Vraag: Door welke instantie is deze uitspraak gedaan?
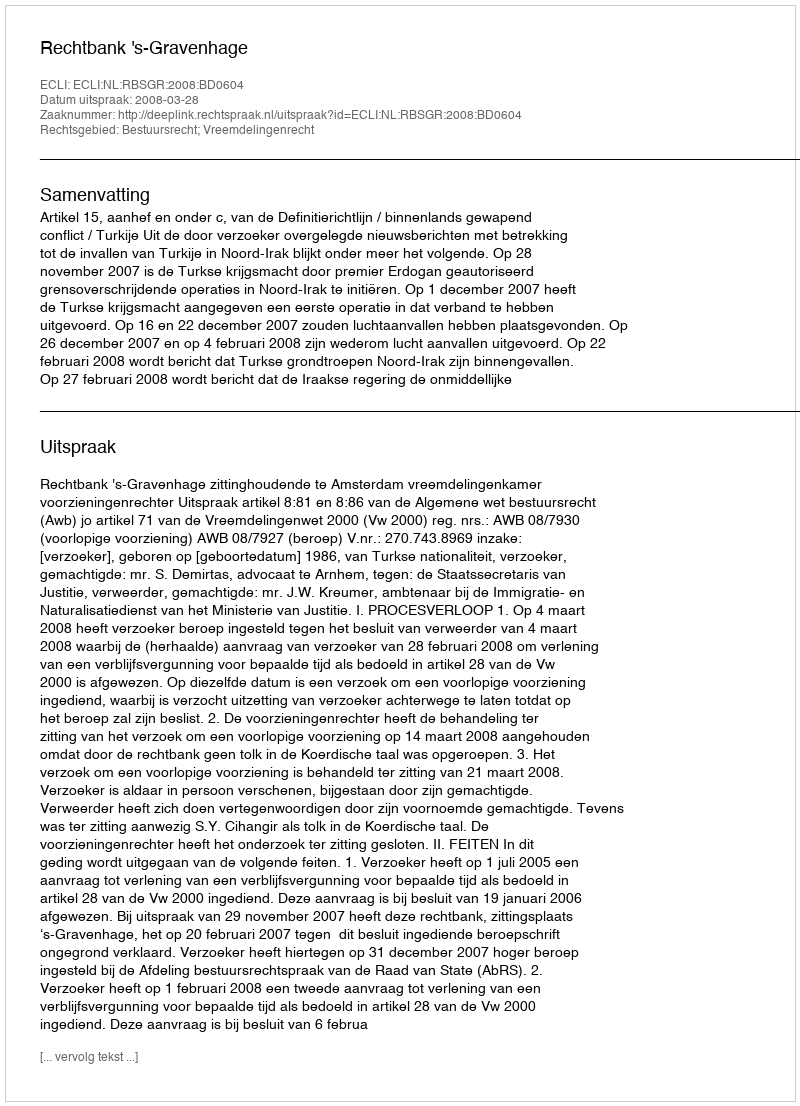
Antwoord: Rechtbank 's-Gravenhage